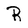
Character: R